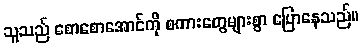
သူသည် စောစောအောင်ကို စကားတွေများစွာ ပြောနေသည်။